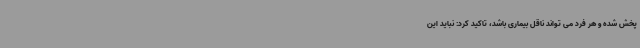
پخش شده و هر فرد می تواند ناقل بیماری باشد، تاکید کرد: نباید این